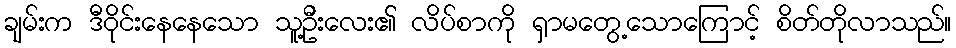
ချမ်းက ဒီဝိုင်းနေနေသော သူ့ဦးလေး၏ လိပ်စာကို ရှာမတွေ့သောကြောင့် စိတ်တိုလာသည်။